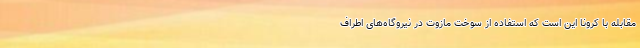
مقابله با کرونا این است که استفاده از سوخت مازوت در نیروگاه‌های اطراف